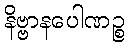
နိဗ္ဗာနပေါဏဉ္စ